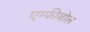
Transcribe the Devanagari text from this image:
एम्फीबोल